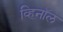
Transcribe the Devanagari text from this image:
व्हिनॉल